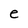
Character: e